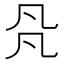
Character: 𠘻